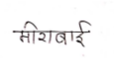
मजकूर: मीराबाई